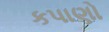
કપાણો